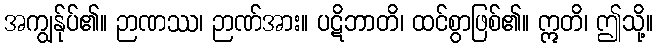
အကျွန်ုပ်၏။ ဉာဏဿ၊ ဉာဏ်အား။ ပဋိဘာတိ၊ ထင်စွာဖြစ်၏။ ဣတိ၊ ဤသို့။